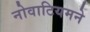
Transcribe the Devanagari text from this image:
नोवाटियमने